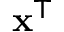
\mathbf { x } ^ { \mathsf { T } }